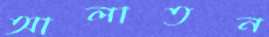
আলাতন